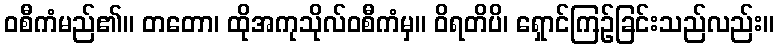
ဝစီကံမည်၏။ တတော၊ ထိုအကုသိုလ်ဝစီကံမှ။ ဝိရတိပိ၊ ရှောင်ကြဉ်ခြင်းသည်လည်း။